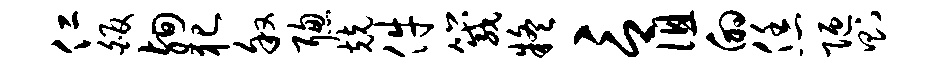
仁皈殉犯叙聪兢件箴疑言徂的恁陋则